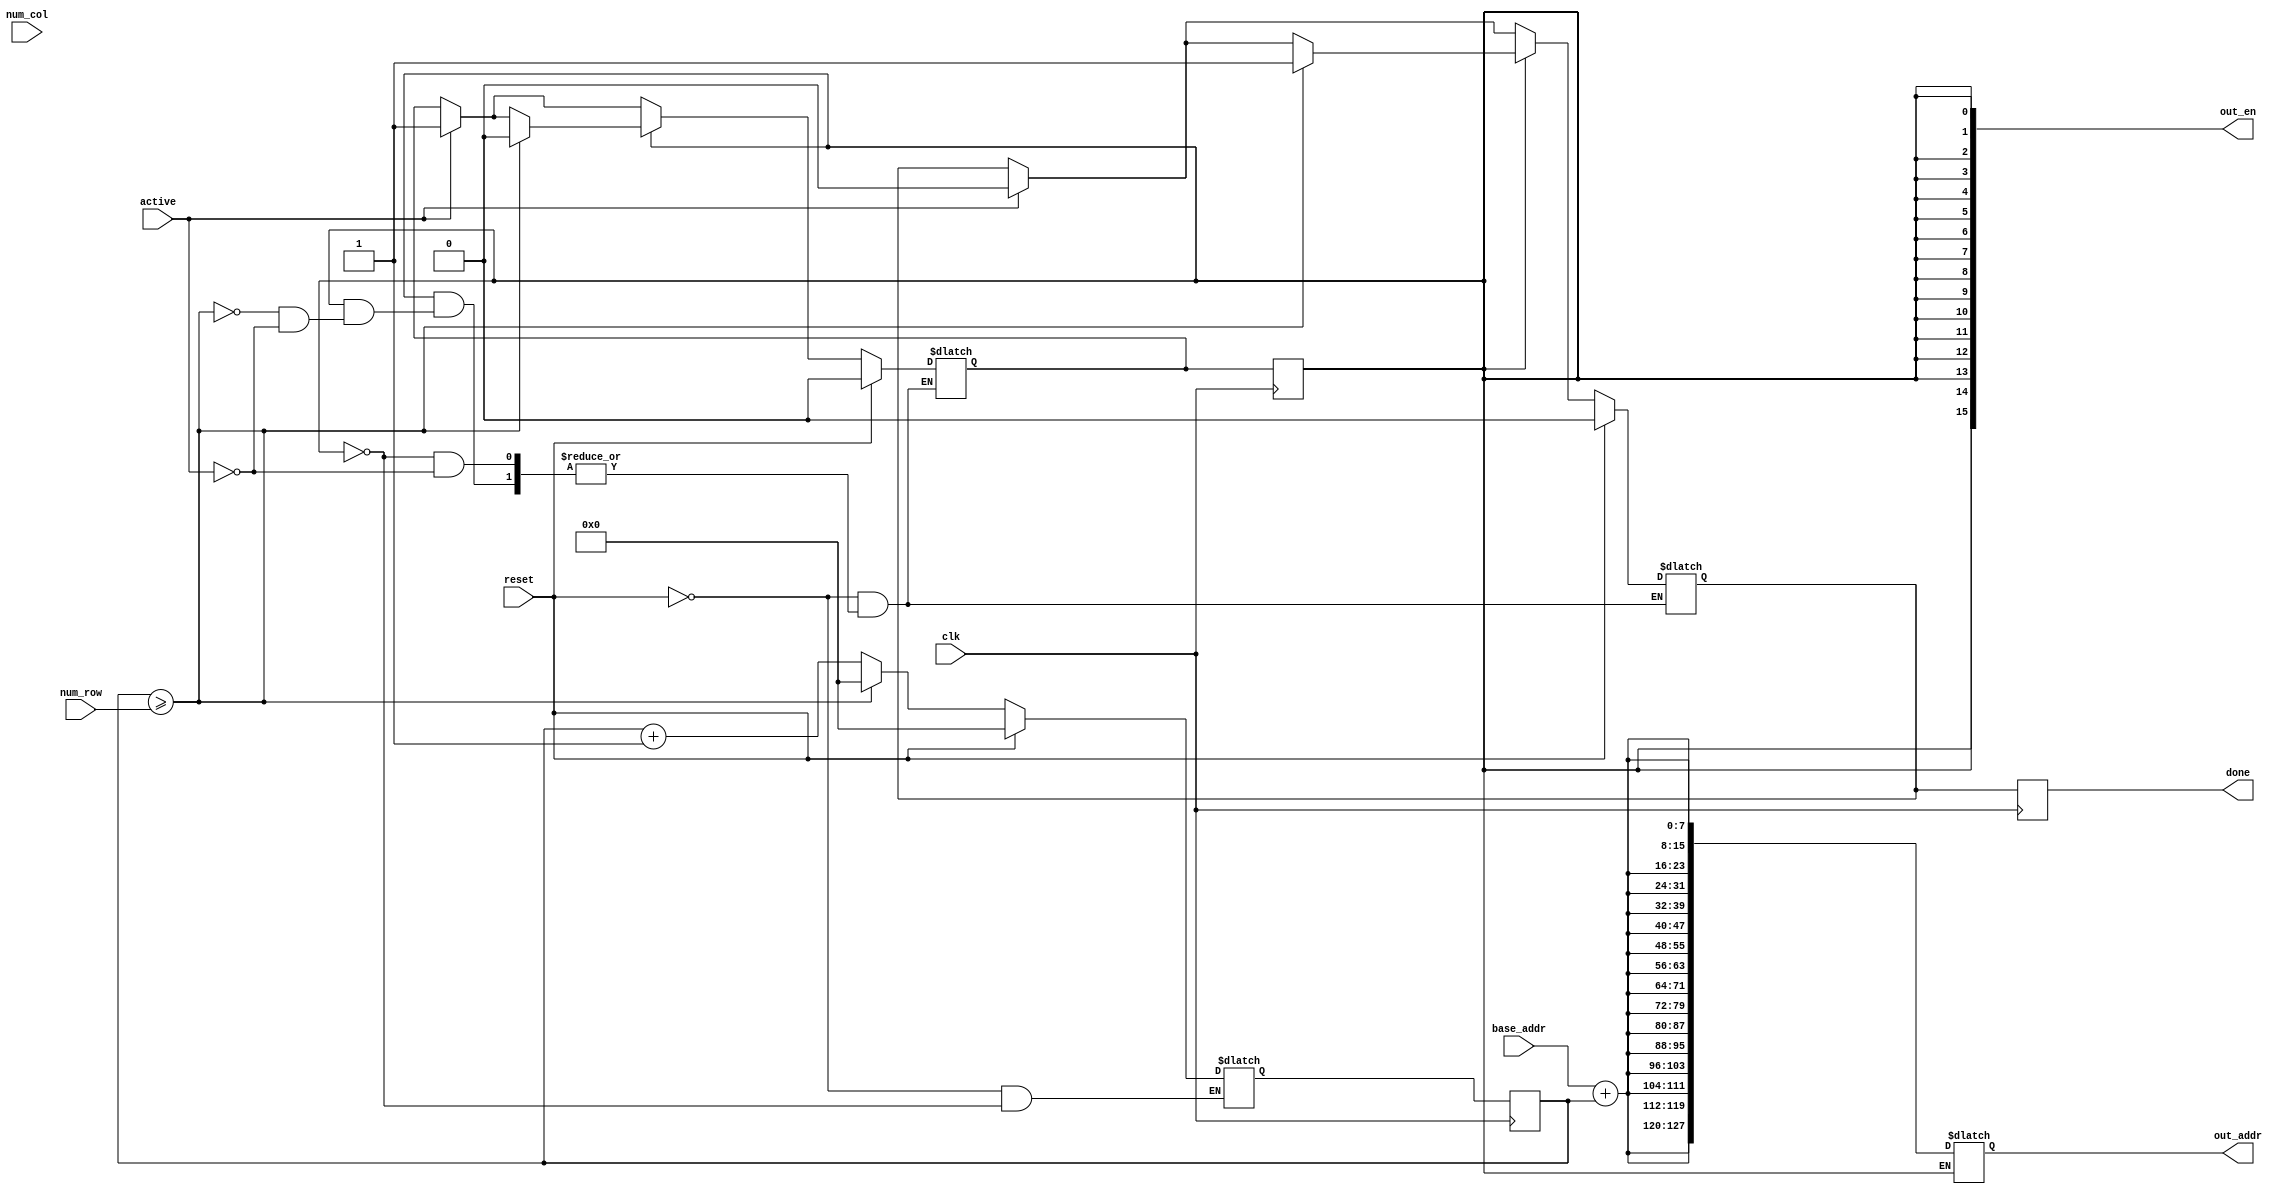
module master_mem_control(
    clk,
    reset,
    active,
    base_addr,
    num_row,
    num_col,
    out_addr,
    out_en,
    done
);

parameter addr_width = 8;
parameter width_height = 16;
localparam out_addr_width = addr_width * width_height;

input clk, reset, active;
input [addr_width-1:0] base_addr;
input [$clog2(width_height)-1:0] num_row, num_col;

output reg done;
output wire [width_height-1:0] out_en;
output reg [out_addr_width-1:0] out_addr;

reg start, start_c, done_c;
reg [$clog2(width_height)-1:0] count, count_c;

assign out_en = {width_height{start}};

always@(posedge clk) begin
    count <= count_c;
    start <= start_c;
    done <= done_c; 
end

always@(*) begin
    if(active) begin
        start_c = 1;
        done_c = 0;
    end

    if(start) begin
        out_addr = {width_height{base_addr+count}};
        count_c = count + 1;

        if(count >= num_row) begin
            count_c = 0;
            done_c = 1;
            start_c = 0;
        end
    end

    if(reset) begin
        start_c = 0;
        done_c = 0;
        count_c = 0;
    end
end

endmodule